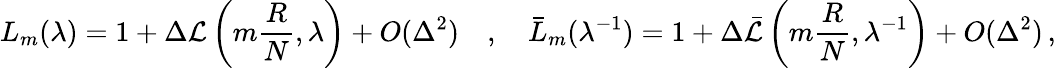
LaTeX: L_{m}(\lambda)=1+\Delta{\cal L}\left(m\frac{R}{N},\lambda\right)+O(\Delta^{2})\quad,\quad\bar{L}_{m}(\lambda^{-1})=1+\Delta\bar{\cal L}\left(m\frac{R}{N},\lambda^{-1}\right)+O(\Delta^{2})\, ,